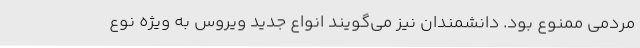
مردمی ممنوع بود. دانشمندان نیز می‌گویند انواع جدید ویروس به ویژه نوع